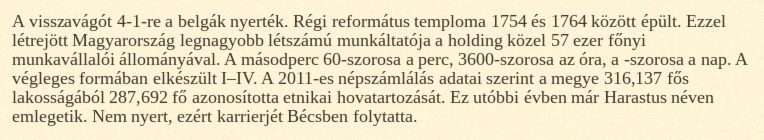
A visszavágót 4-1-re a belgák nyerték. Régi református temploma 1754 és 1764 között épült. Ezzel létrejött Magyarország legnagyobb létszámú munkáltatója a holding közel 57 ezer főnyi munkavállalói állományával. A másodperc 60-szorosa a perc, 3600-szorosa az óra, a -szorosa a nap. A végleges formában elkészült I–IV. A 2011-es népszámlálás adatai szerint a megye 316,137 fős lakosságából 287,692 fő azonosította etnikai hovatartozását. Ez utóbbi évben már Harastus néven emlegetik. Nem nyert, ezért karrierjét Bécsben folytatta.